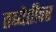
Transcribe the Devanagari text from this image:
तब्येतीवर